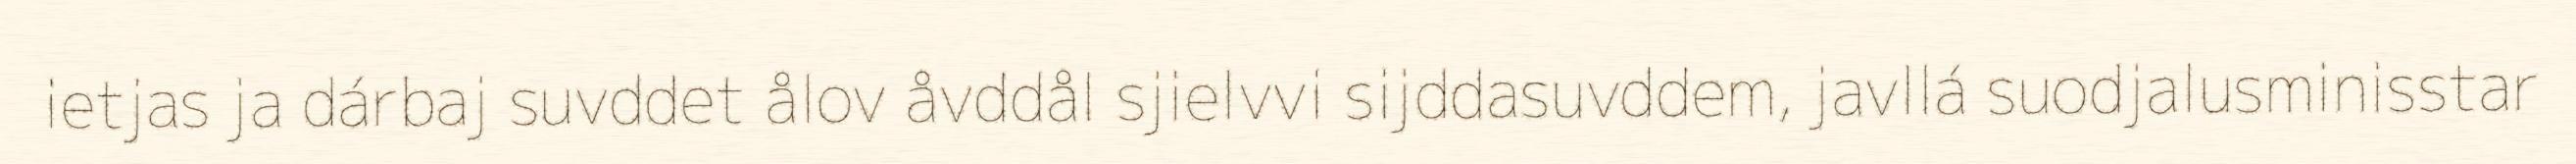
ietjas ja dárbaj suvddet ålov åvddål sjielvvi sijddasuvddem, javllá suodjalusminisstar